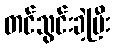
တင်သွင်းခဲ့ပြီး